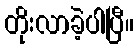
တိုးလာခဲ့ပါပြီ။